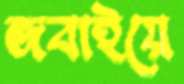
জবাইয়ে